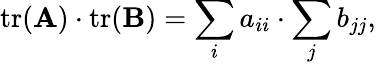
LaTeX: \operatorname{tr}(\mathbf{A})\cdot\operatorname{tr}(\mathbf{B})=\sum_{i}a_{ii}\cdot\sum_{j}b_{jj},